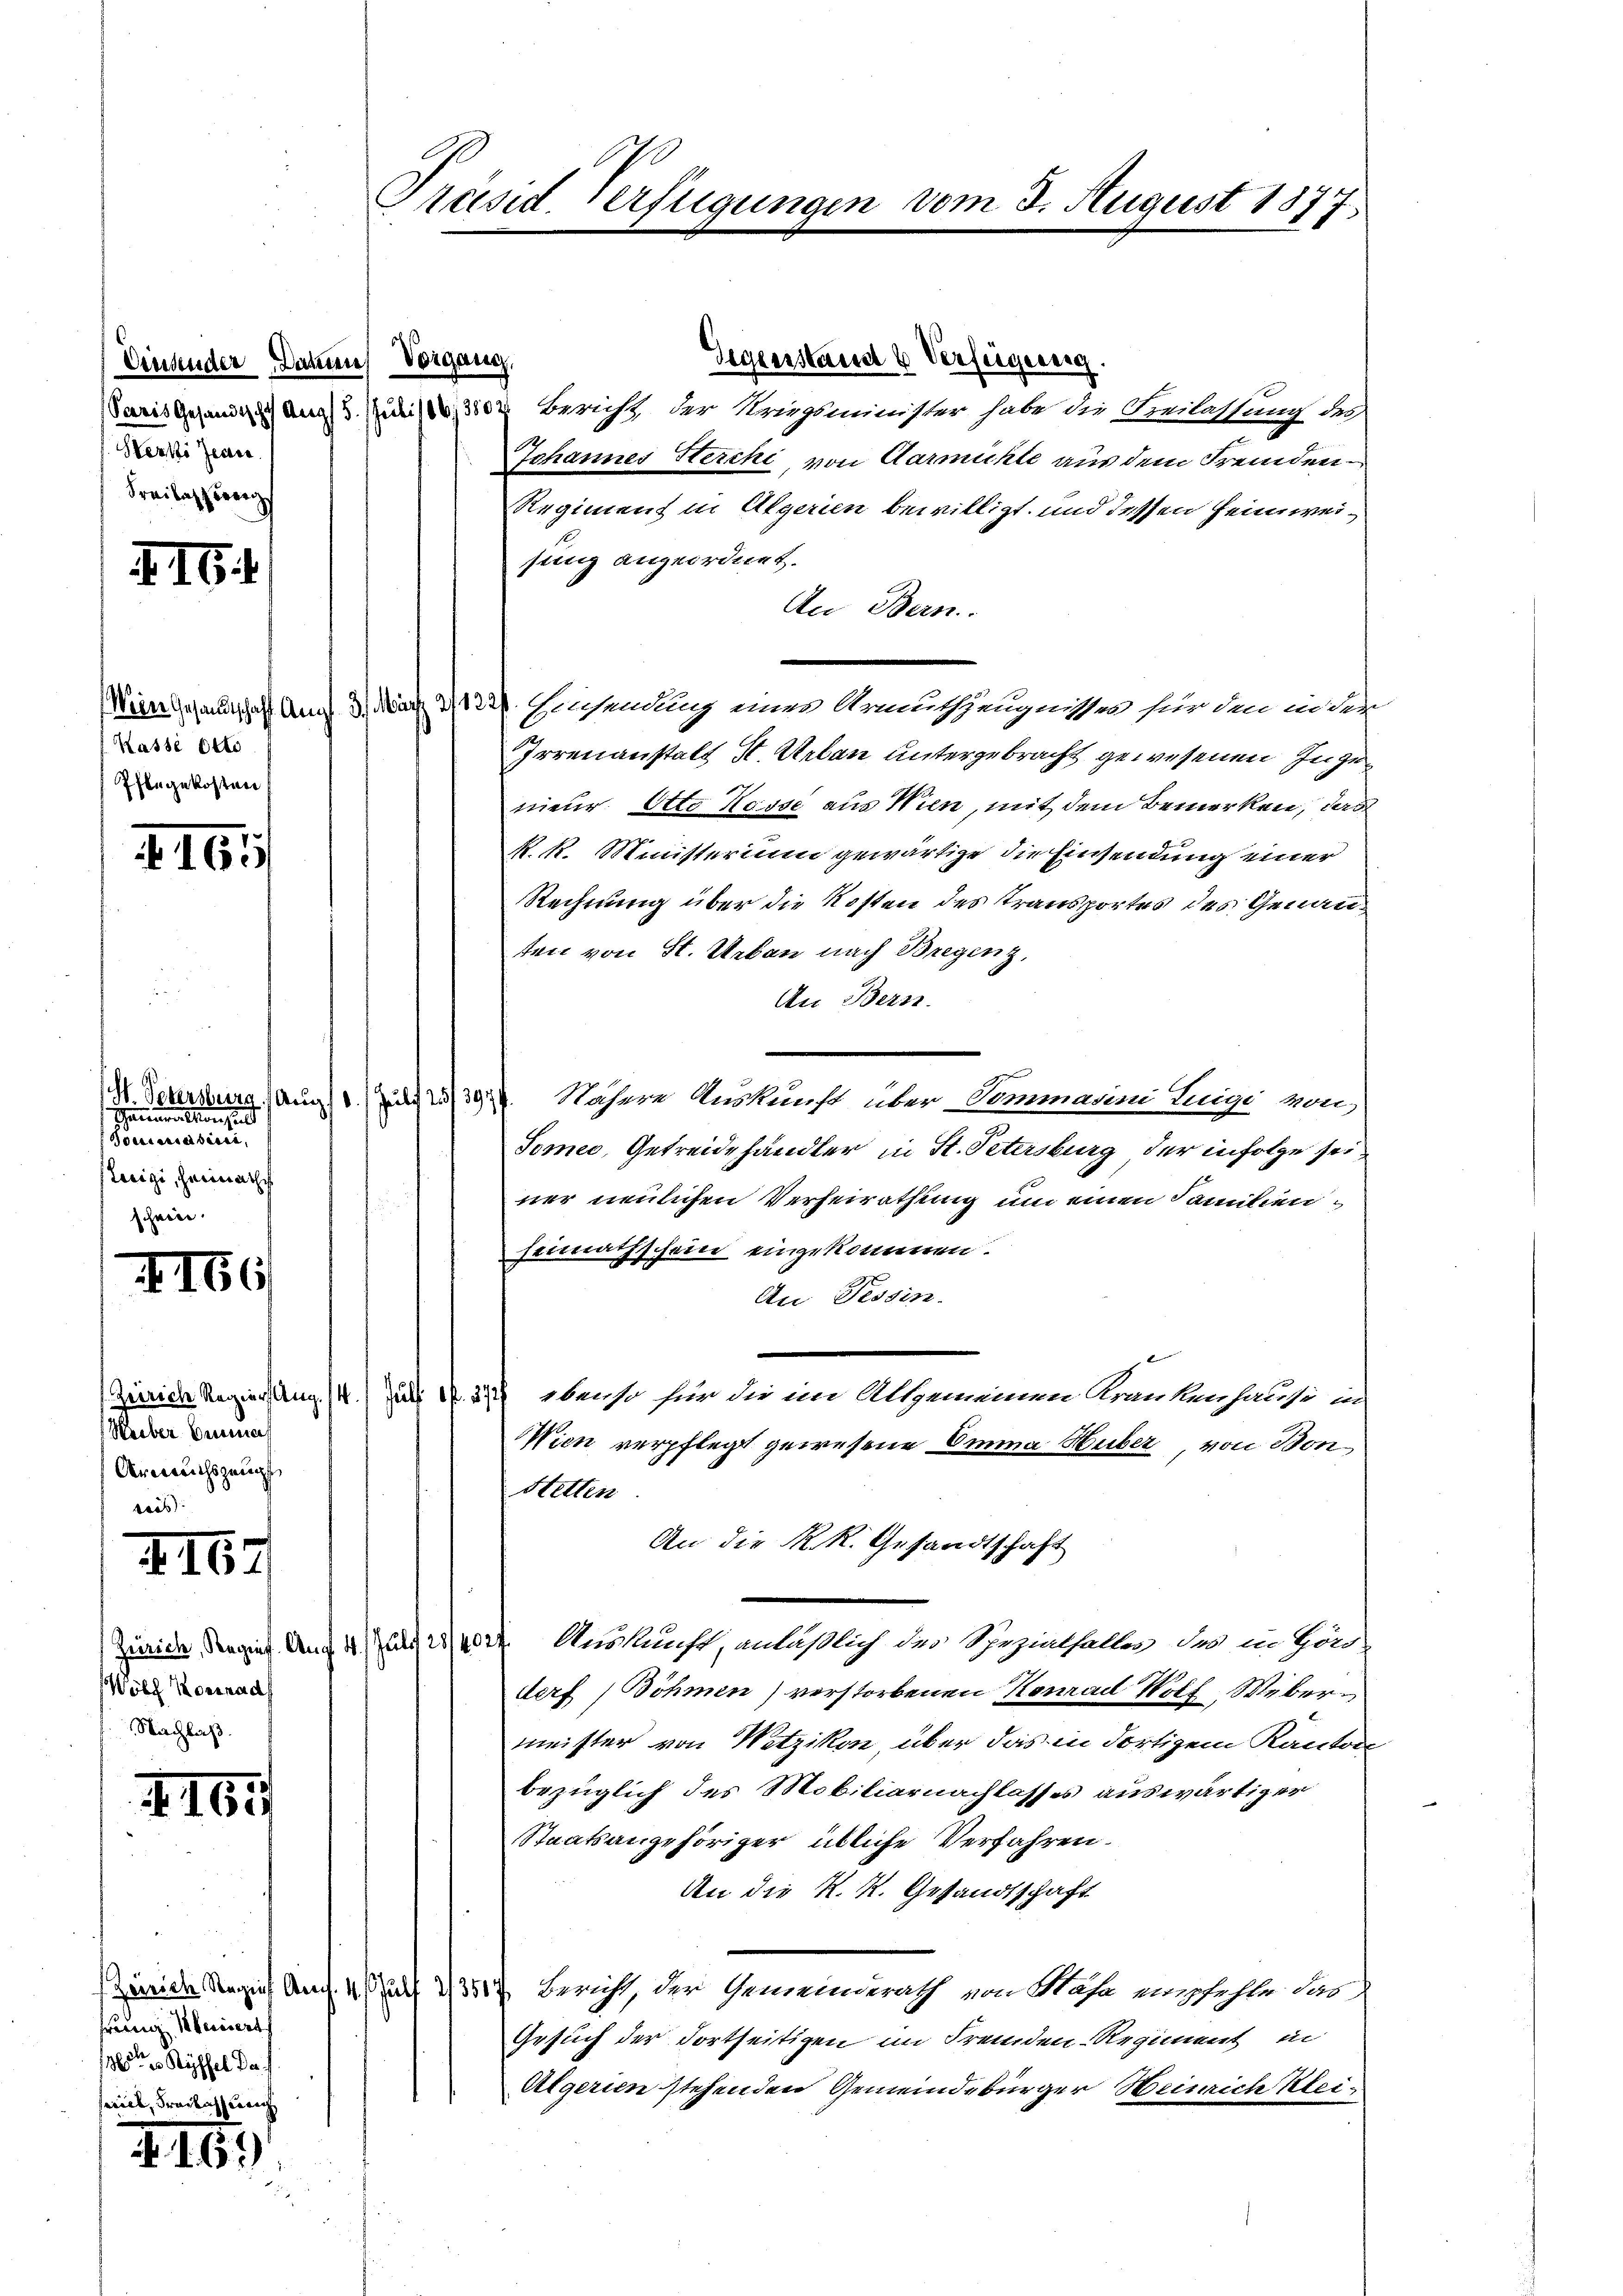
Einsender Damen Vorgang,
Herte Jenne.
Freibeschweig

II6

Wein Gesandtschaft Ang
Kasse Otto.
Pflegekosten

416

.
scheinen sei eine eine
Sonneres eine eine
steigi, Heimathes
har
d

t 166

Heeber bena
Urwechszeugt,

II62

(Zürich, Regief. An
Wöbl Konrad
Nachlaß.

I. 165

Zeirich Reginf Aeg
hrung steriert
13ten Ryffel Da
seill, Frauengung

416.

Präsid Verfügungen vom 3. August 1877,

Gegenstand 6 Verfeigeneig.
weit gegenden Aug. 380. Bericht, der Kragsminister habe die Freilassung des
Johannes Sterchi, von Aarmühle aus dem Fremden¬
Regiment in Algerien bewilligt und dessen Heimweisung angeordnet.
An Bern.
a. Einsendung eines Armuthzeugnisses für den in der
Irrenanstalt St. Ueben untergebracht gewesenen Ingenieur. Otto Kasse aus Wien, mit dem Bemerken, das
k. k. Ministerium gewärtige die Einsendung einer
Rechnung über die Kosten des Transportes des Genannten von St. Urbau nach Bregenz,
An Bern.
H. Gebersburg. Aug. 13944. Nähere Auskunft über Commarini Luigi von
Tomie, Getreidehändler in St. Petersburg der infolge seiner neulichen Verheirathung um einen Familienheimathschein eingekommen.
An Tessin.
Zürich Regierung. 14. Juli 17. 374 ebenso für die im Allgemeinen Krankenhause in
Wien verpflegt gewesene Omina Huber, von Bon¬
Hetten
An die K. K. Gesandtschaft
 Auskunft, anläßlich des Spezialfaller, des in Hön-
dorf (Böhmen) verstorbenen Konrad Wolf Webermeister von Wetzikon, über das in dortigem Kanton
bezüglich des Mobiliarnachlasses auswärtiger
Staatsangehöriger übliche Verfahren.
An die K. K. Gesandtschaft
 285 Bericht, der Gemeinderath von Hasa empfehle das
Gesuch der dortseitigen im Fremden-Regiment in
Algerien stehenden Gemeindebürger Heinrich Klei¬